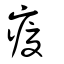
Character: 𤹉